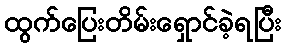
ထွက်ပြေးတိမ်းရှောင်ခဲ့ရပြီး